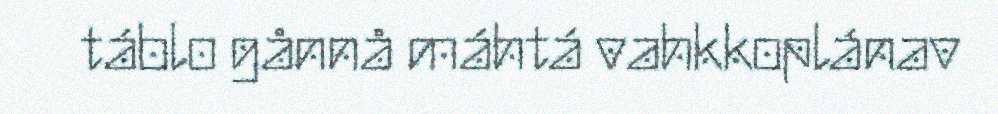
táblo gånnå máhtá vahkkoplánav